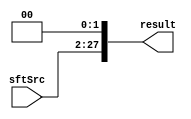
module Shifter_alt( result, sftSrc );

//I/O ports 
output	[28-1:0] result;
input	[26-1:0] sftSrc ;

//Internal Signals
wire	[28-1:0] result;
  
//Main function
assign result[27:2] = sftSrc[25:0];
assign result[1] = 1'b0;
assign result[0] = 1'b0;

endmodule